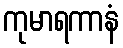
ကုမာရကာနံ